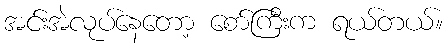
အင်းအဲလုပ်နေတော့ စော်ကြီးက ရယ်တယ်။